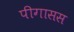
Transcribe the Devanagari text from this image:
पीगासस